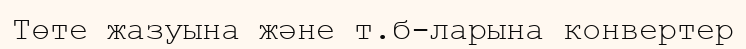
Төте жазуына және т.б-ларына конвертер